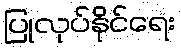
ပြုလုပ်နိုင်ရေး